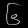
Digit: ၆